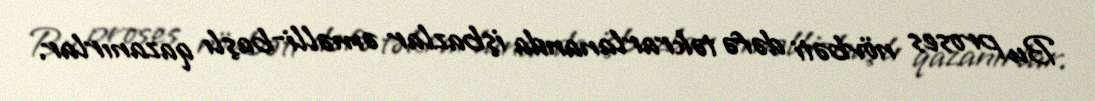
Bu proses növbəti dəfə təkrarlananda işbazlar əməlli-başlı qazanırlar.